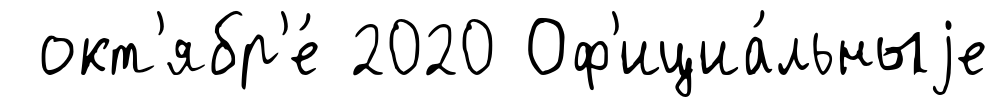
окт'ябр'е́ 2020 Оф'ициа́льныjе